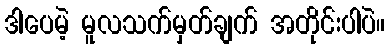
ဒါပေမဲ့ မူလသက်မှတ်ချက် အတိုင်းပါပဲ။